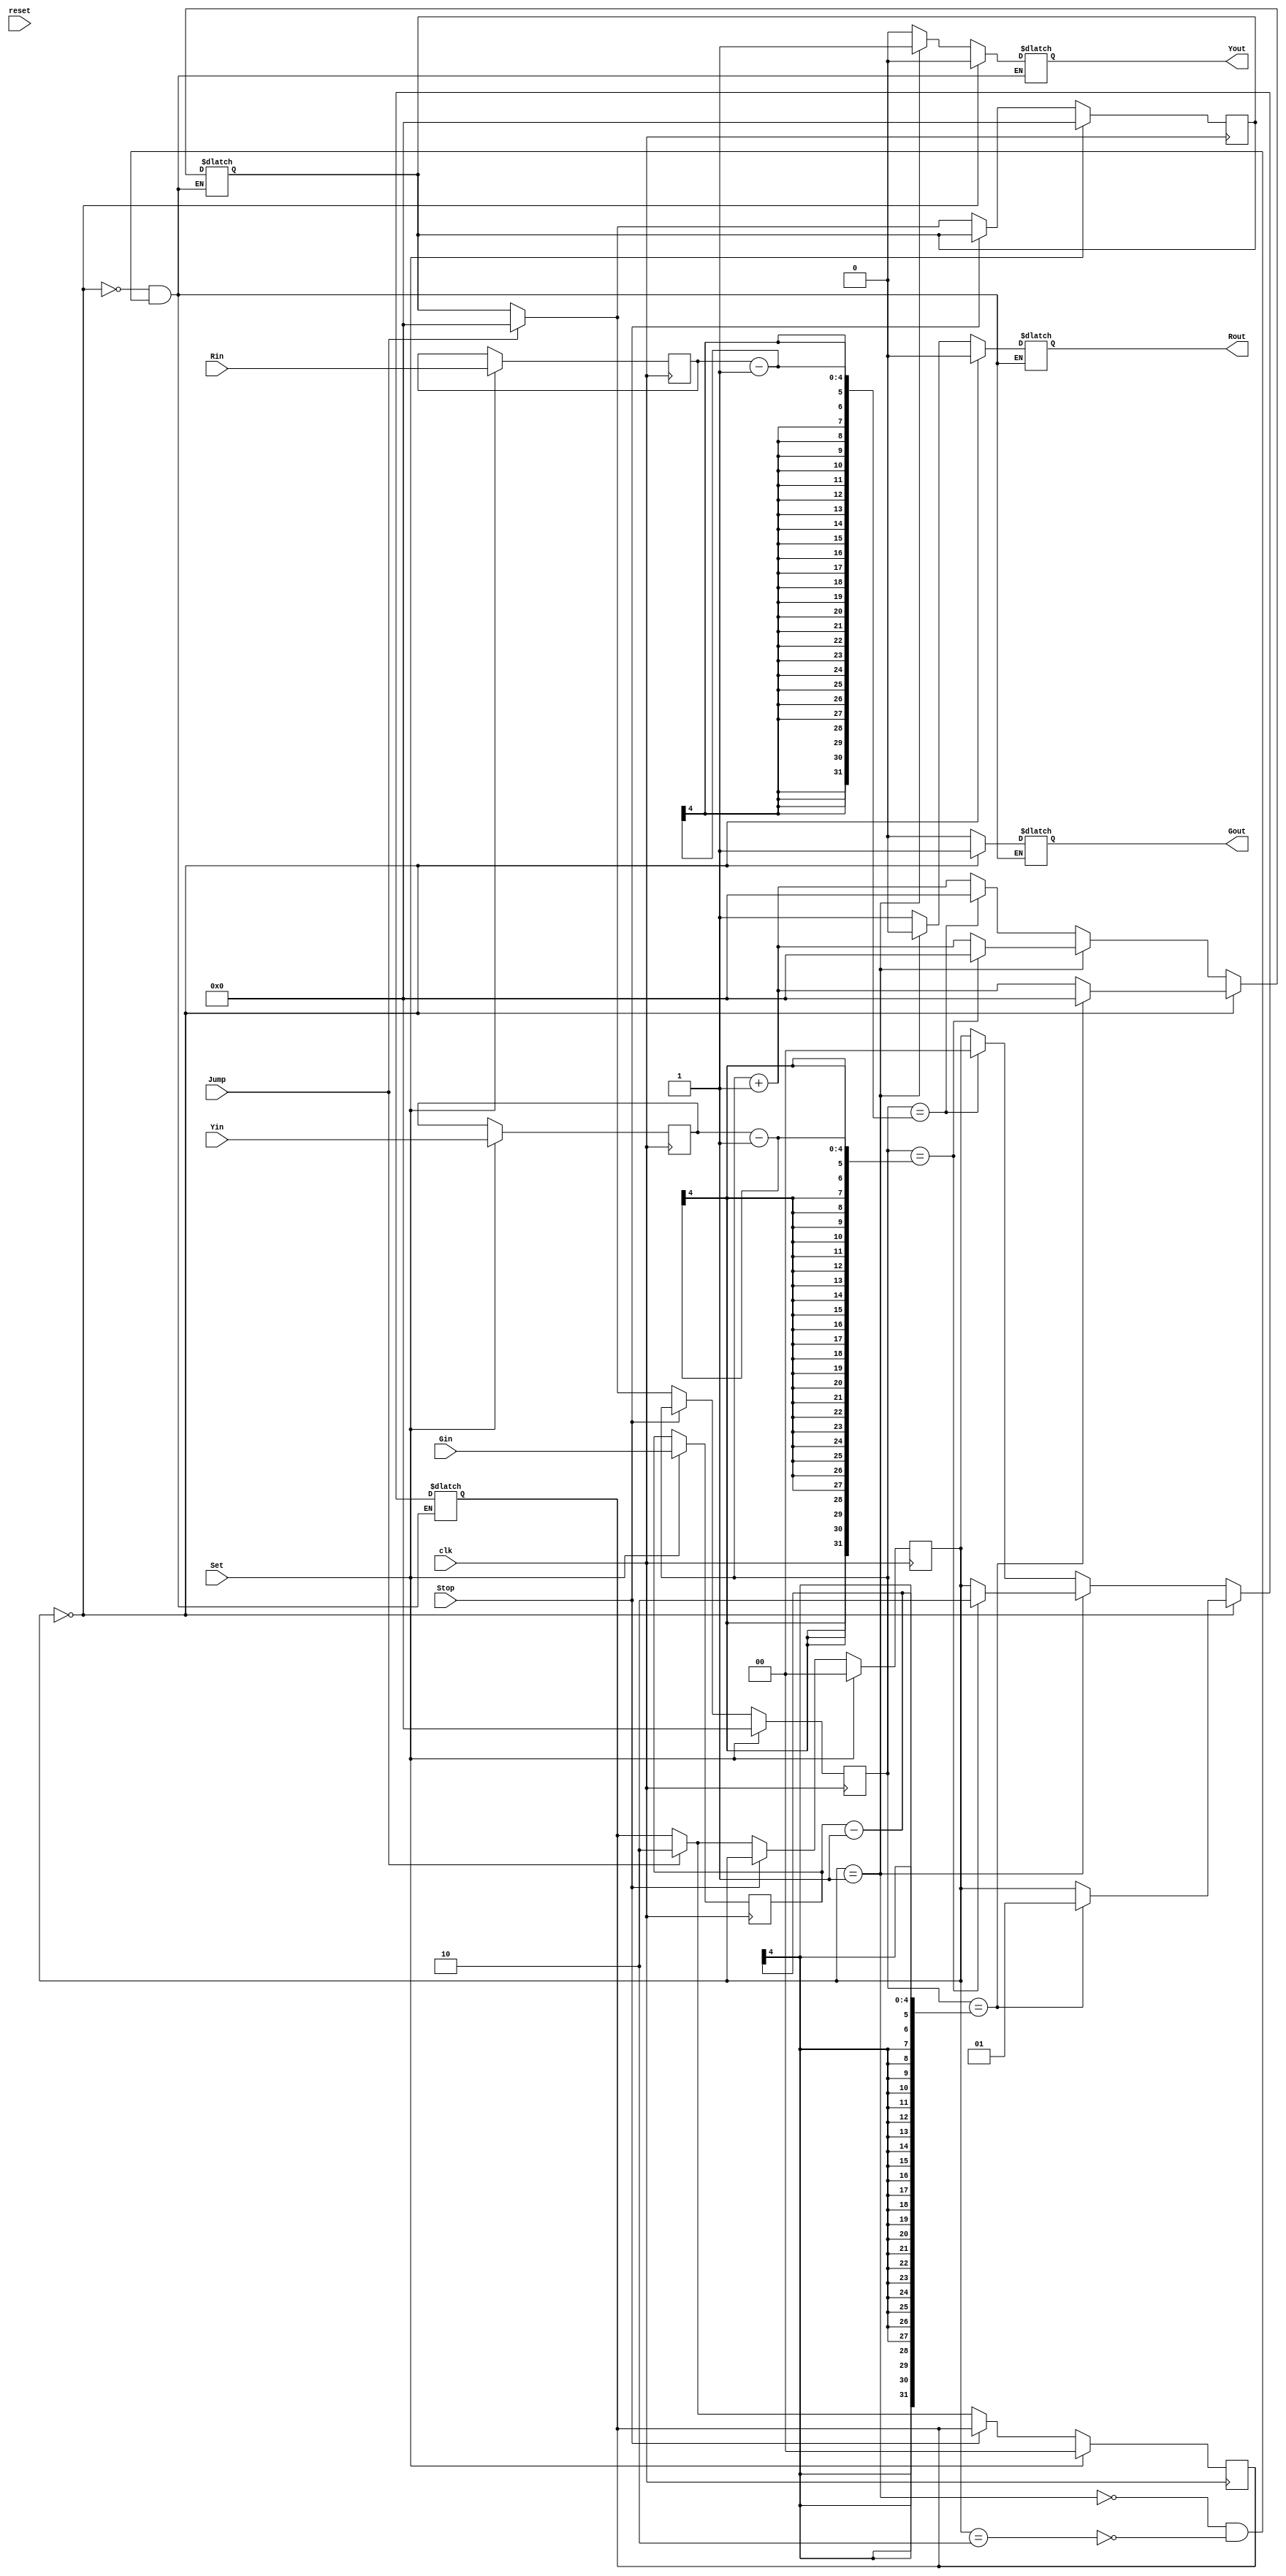
module TLS(clk, reset, Set, Stop, Jump, Gin, Yin, Rin, Gout, Yout, Rout);
input           clk;
input           reset;
input           Set;
input           Stop;
input           Jump;
input     [3:0] Gin;
input     [3:0] Yin;
input     [3:0] Rin;
output reg         Gout;
output reg         Yout;
output reg         Rout;

reg [1:0] state, next_state;
reg [1:0] state_g = 2'd0;
reg [1:0] state_y = 2'd1;
reg [1:0] state_r = 2'd2;
reg [3:0] g_duration, y_duration, r_duration, count, next_count;

//state register
always@(posedge clk) begin
  if (Set) begin
    next_count = 0;
    next_state = state_g;
    g_duration = Gin;
    y_duration  =Yin;
    r_duration = Rin;  
    count = next_count;
    state = next_state;
  end
  
  else if (Stop) begin
    //count = couint;
    //state = state;
  end
  
  else if (Jump) begin
    next_count = 0;
    next_state = state_r; 
    count = next_count;
    state = next_state;
  end
  
  else begin 
    count = next_count;
    state = next_state;
  end

end

/* cannot write at here since it will not wait for the clock, it should change in state register
//count
always@(*)begin
  count = next_count;
  state = next_state;
end
*/

//next state logic
always@(*) begin
  case(state)
    state_g: begin //green
      if (count == g_duration-1) begin
        next_state = state_y;
        next_count = 4'd0;
      end
      else begin
        next_state = state;
        next_count = count+4'd1;
      end
    end
    
    state_y: begin //yellow
      if (count == y_duration-1) begin
        next_state = state_r;
        next_count = 4'd0;
      end
      else begin
        next_state = state;
        next_count = count+4'd1;
      end
    end
    
    state_r: begin //red
      if (count == r_duration-1) begin
        next_state = state_g;
        next_count = 4'd0;
      end
      else begin
        next_state = state;
        next_count = count+4'd1;
      end
    end
  endcase 
end


//output logic
always@(state) begin
  case(state) 
    state_g: begin
      Gout = 1'b1; Yout = 1'b0; Rout = 1'b0;
    end
    
    state_y:begin
      Gout = 1'b0; Yout = 1'b1; Rout = 1'b0;
    end
    
    state_r:begin
      Gout = 1'b0; Yout =1'b0; Rout = 1'b1;
    end
  endcase
end      
  
  
endmodule